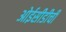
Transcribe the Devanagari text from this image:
ओईसीडीची